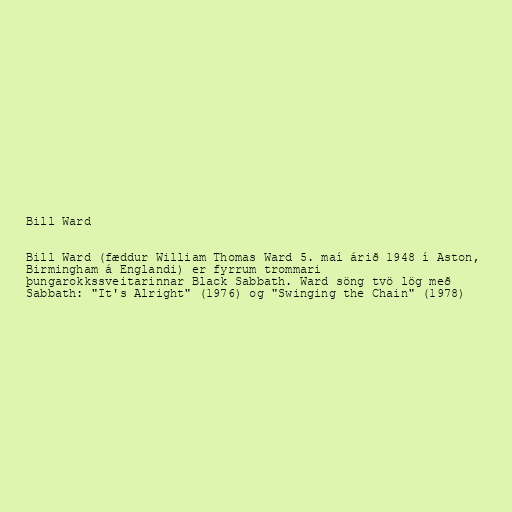
Bill Ward

Bill Ward (fæddur William Thomas Ward 5. maí árið 1948 í Aston,
Birmingham á Englandi) er fyrrum trommari
þungarokkssveitarinnar Black Sabbath. Ward söng tvö lög með
Sabbath: "It's Alright" (1976) og "Swinging the Chain" (1978)